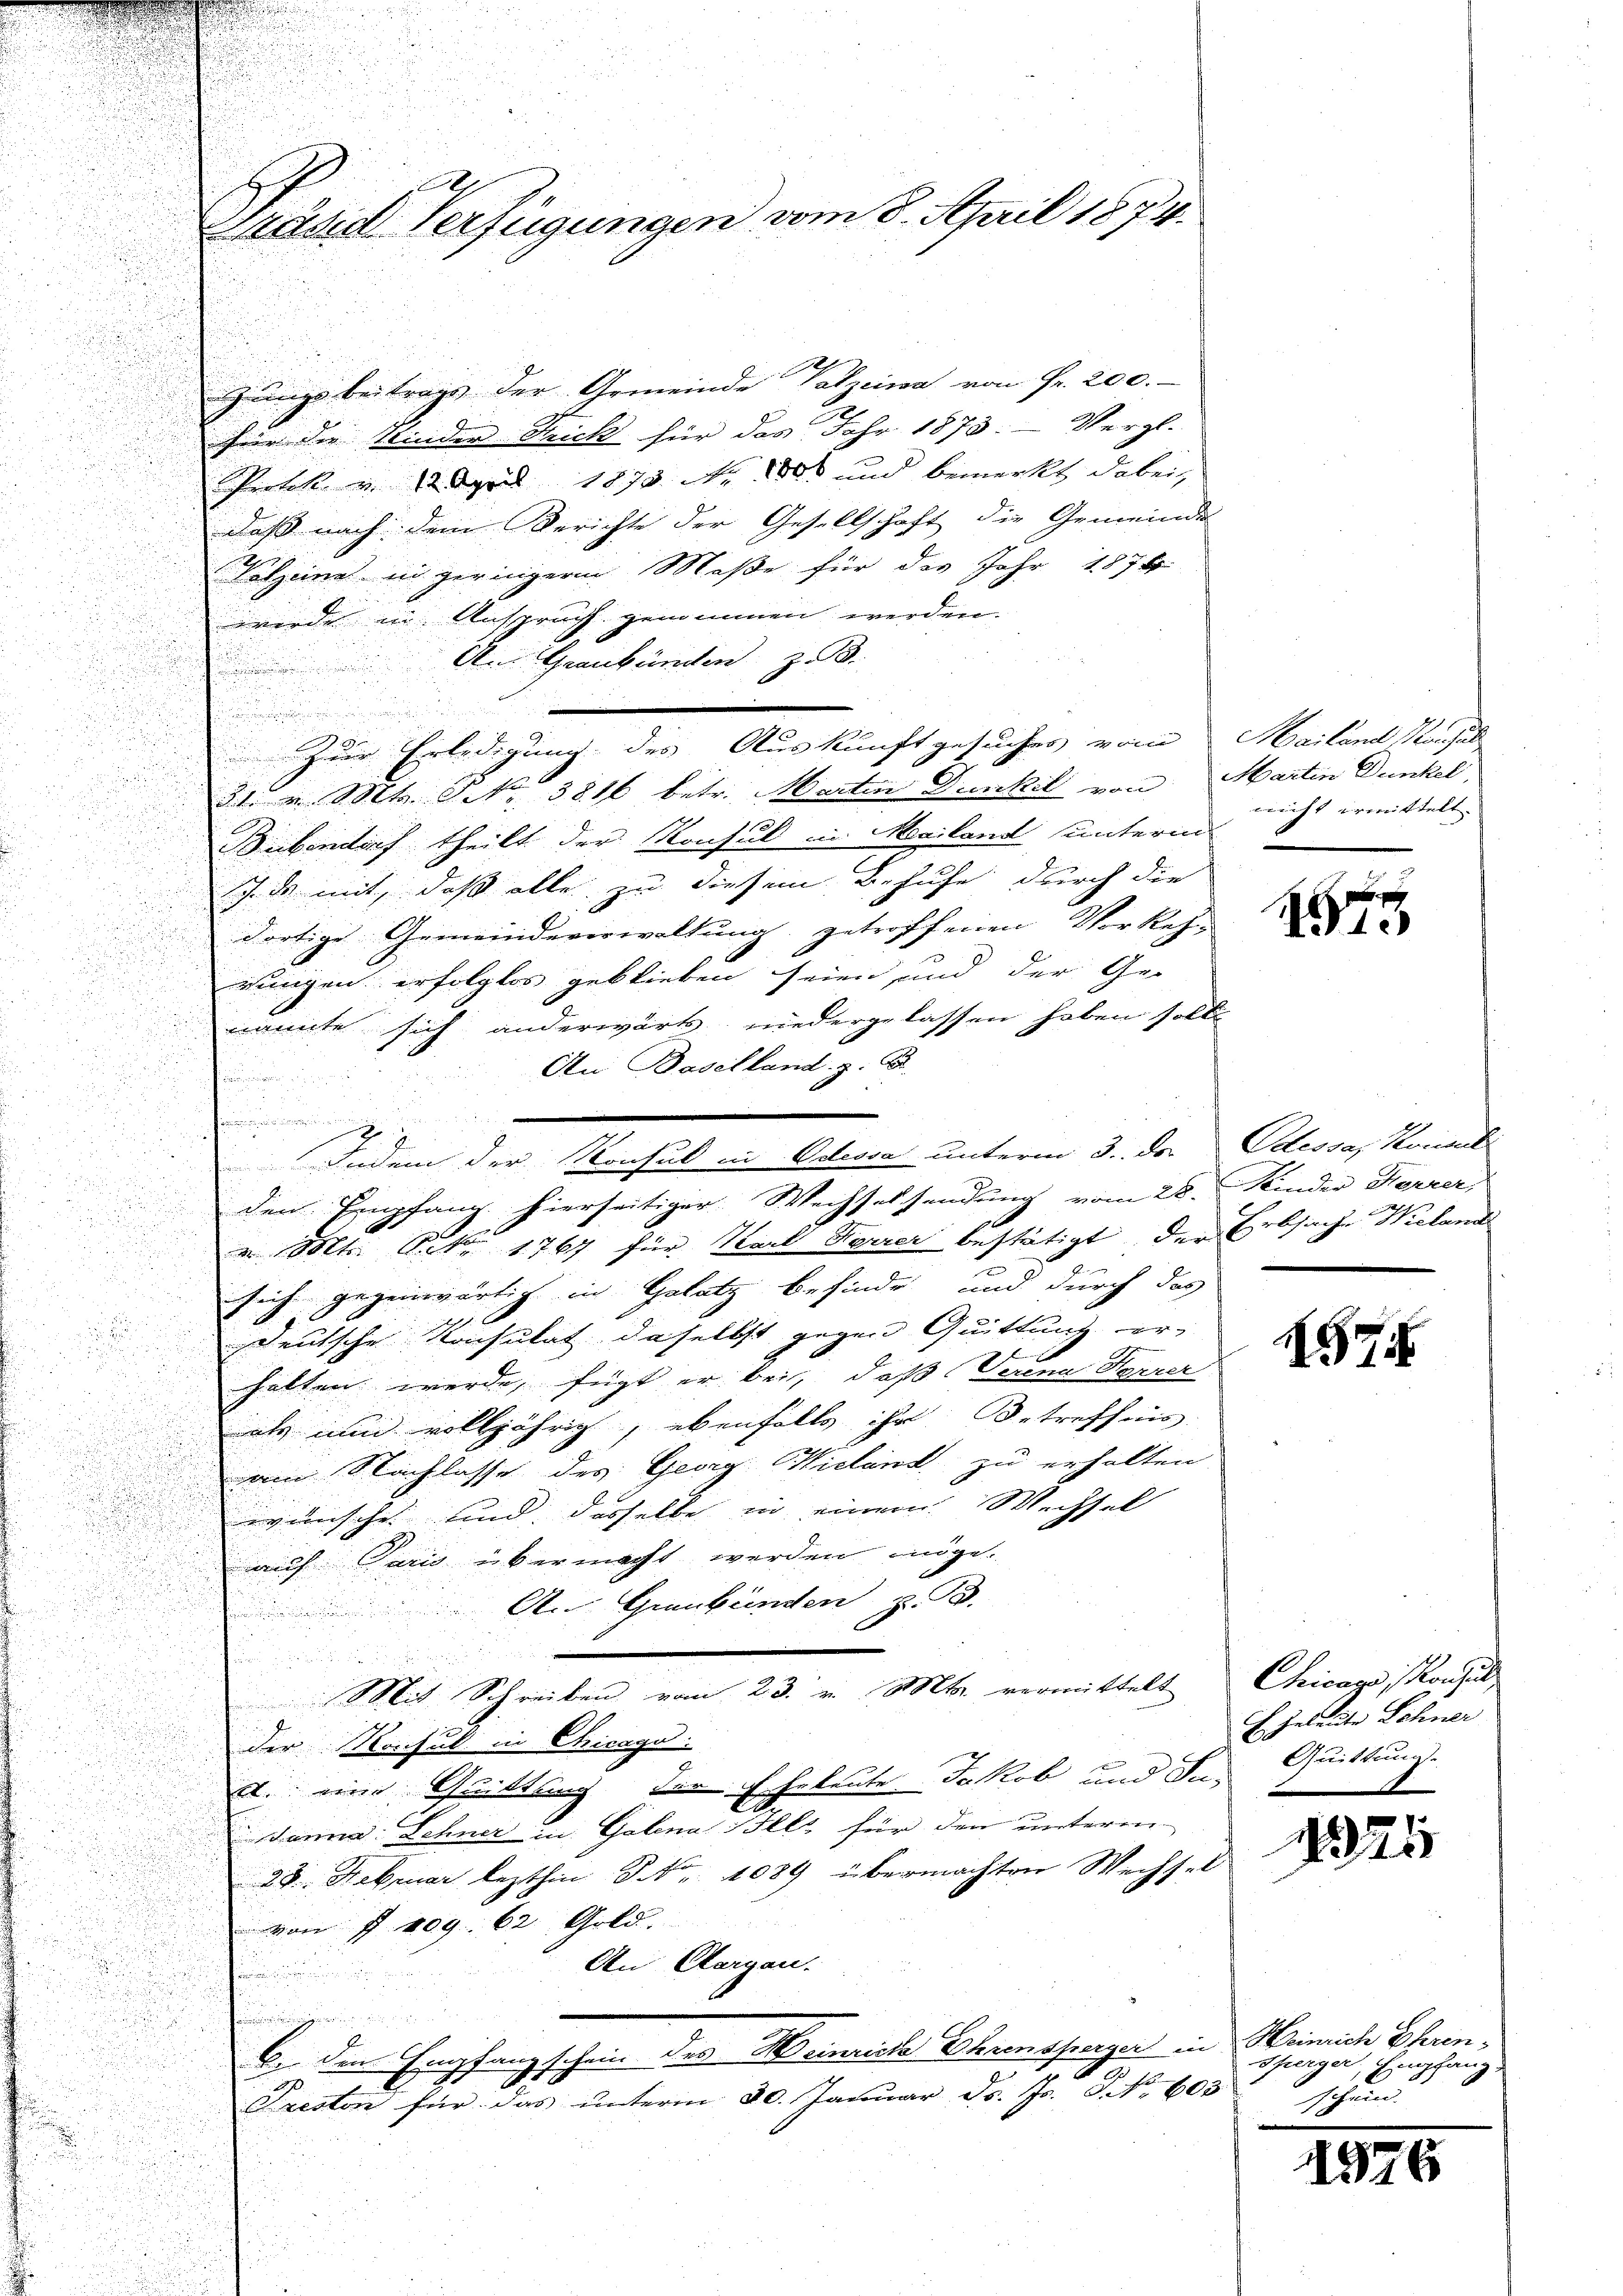
Gräsd Verfügungen vom 8. April 1874.

Jungsbeitrags der Gemeinde Valzeina von Fr. 200.
für die Nieder Strick für des Jahr 1873: Vergl.
Pretik v. 12. April 1878 Nr. 1805 und bemerkt dabei,
dass nach dem Berichte der Gesellschaft die Gemeinde
Velzeine in geringeren Maße für des Jahr 1874
u
werde in Anspruch genommen werden.
i
An Graubünden z. B.

u
zur Erledigung des Auskunft gesucher vom
r v. Mts. No. 3816 betr. Marten Dunkel von

5
Bübendorf theilt der Konsul in Mailand unterm
Ich es mit, daß alle zu diesem Behufe durch die
dortige Gemeindeverwaltung getroffenen Vorkeh-

rungen erfolglos geblieben seien und der Genannte sich anderwärts niedergelassen haben soll

An Baselland z. B.
n
t
.
dinstimmungen seinen und

.
den Empfang hierseitiger Wechselsendung vom 28. Kinder Forrer,
e
u
u Mts. Art. 1767 für Karl Feurer bestätigt, der Erbsache Wieland
d

sich gegenwärtig in Gelatz befinde, und durch das
i
e
d
235 x

deutsche Kochulat daselbst gegen Quittung er-
.
.
u
halten werde, fügt er bei, daß Verena Herrer
als und volljährig, ebenfalls ihr Betreffnis
am Nachlasse des Georg Wieland zu erhalten,
wünsche und dasselbe in einer Wechsel
auf Paris übermacht werden möge.
A. Graubünden Ta
i

Mit Schreiben vom 23. v. Mts. vermittelt
der Konsul in Chicago
s. eine Quittung der Eheleute Jakob und Ju-
dann: Sehner in Gelena Bllz für den unterm
28. Februar lezthin NNo. 1089 übermachten Wechsel
von § 409. 62. Gold.
An Aargau.
.
u
.

6. den Empfang schein des Weinriche Ehrensperger in Heinrich Ehren-
n
u
1
.
i
Treston für das unterm 20. Januar d. Js. No. 603.

u

Indem der Konsul in Odessa unterm 3. ds.

Mailand Manhal
Martin Dunkel,
nicht ermittelt.

15

1
Alessap konnt

1575

Chicaze, Konsul
E Jeleute Schner
Quittung
e

402

1

sperger, Empfang.
schein.

1926